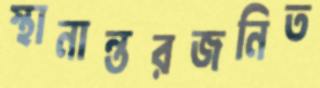
স্থানান্তরজনিত